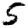
Digit: 5